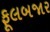
ફૂલબજાર